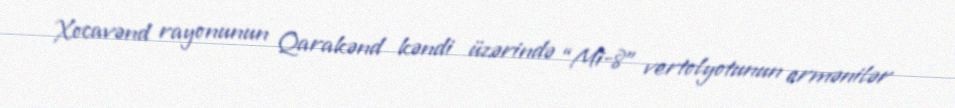
Xocavənd rayonunun Qarakənd kəndi üzərində “Mi-8” vertolyotunun ermənilər